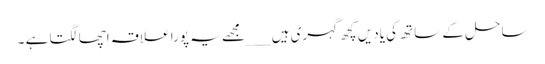
ساحل کے ساتھ کی یادیں کچھ گہری ہیں ___مجھے یہ پورا علاقہ اچھا لگتا ہے ۔